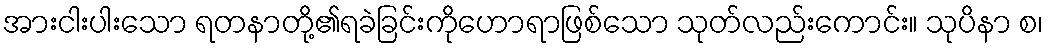
အားငါးပါးသော ရတနာတို့၏ရခဲခြင်းကိုဟောရာဖြစ်သော သုတ်လည်းကောင်း။ သုပိနာ စ၊